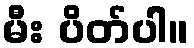
မီး ပိတ်ပါ။